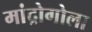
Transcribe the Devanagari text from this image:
मांद्रोगोला